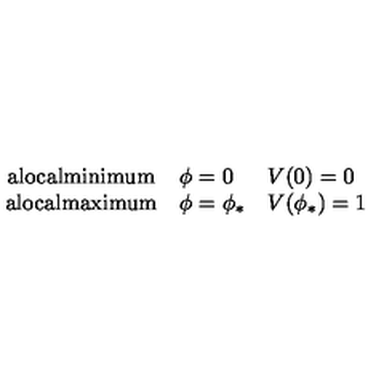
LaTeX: \left. \begin{array} { c l l } { \mathrm { a l o c a l m i n i m u m } } & { \phi = 0 } & { V ( 0 ) = 0 } \\ { \mathrm { a l o c a l m a x i m u m } } & { \phi = \phi _ { * } } & { V ( \phi _ { * } ) = 1 } \\ \end{array} \right.